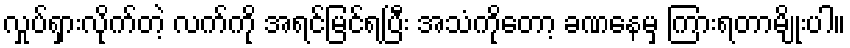
လှုပ်ရှားလိုက်တဲ့ လက်ကို အရင်မြင်ရပြီး အသံကိုတော့ ခဏနေမှ ကြားရတာမျိုးပါ။